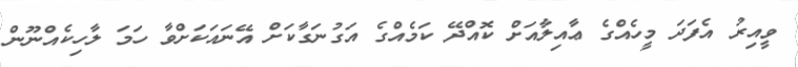
ވީއިރު އެފަދަ މީހެއްގެ ޢާއިލާއަށް ކޮއްދޭ ކަމެއްގެ އަގުނަގާކަށް އޭނައަކަށްވާ ހަމަ ލާހިކެއްނޫން